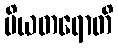
ပိယတရောတိ